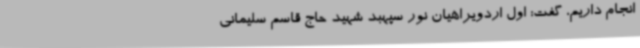
انجام داریم، گفت: اول اردویراهیان نور سپهبد شهید حاج قاسم سلیمانی